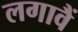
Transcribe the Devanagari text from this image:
लगावैं